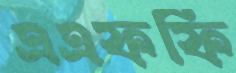
এএফফি